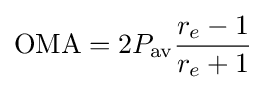
{\text{OMA}}=2P_{\text{av}}{\frac {r_{e}-1}{r_{e}+1}}